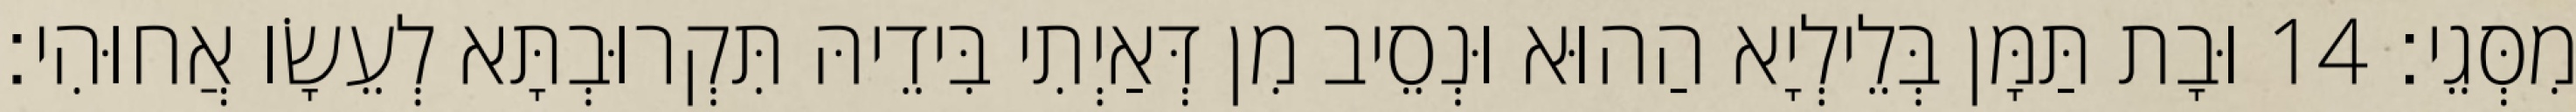
מִסְּגֵי׃ 14 וּבָת תַּמָּן בְּלֵילְיָא הַהוּא וּנְסֵיב מִן דְּאַיְתִי בִּידֵיהּ תִּקְרוּבְתָּא לְעֵשָׂו אֲחוּהִי׃